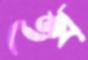
ইথ